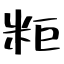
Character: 粔